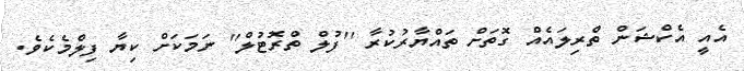
އެއީ އެކްޝަން ތްރިލައެއް ގޮތަށް ތައްޔާރުކުރާ ''ފުލް ތްރޮޓުލް'' ނަމަކަށް ކިޔާ ފިލްމެކެވެ.